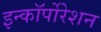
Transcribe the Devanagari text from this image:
इन्कॉर्पोरेशन